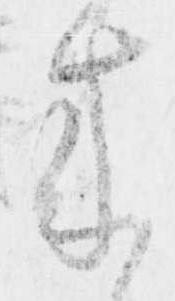
来